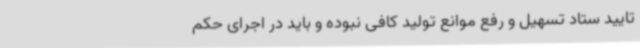
تایید ستاد تسهیل و رفع موانع تولید کافی نبوده و باید در اجرای حکم